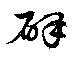
辟